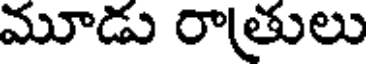
మూడు రాతులు